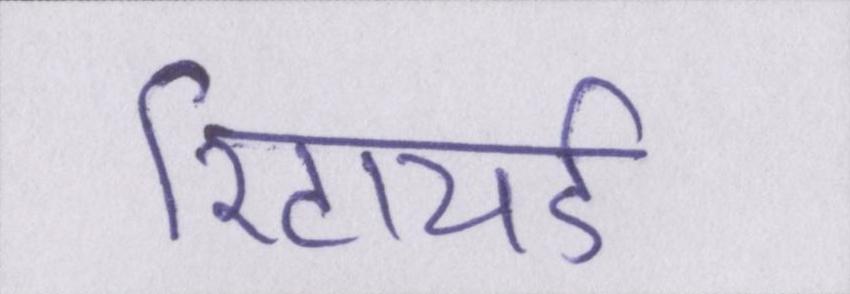
रिटायर्ड